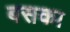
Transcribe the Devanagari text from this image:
बसका